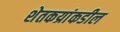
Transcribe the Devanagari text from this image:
शेतकय्रांकडील